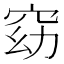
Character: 窈